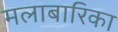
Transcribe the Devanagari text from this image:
मलाबारिका